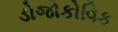
ડોજોકોવિક